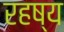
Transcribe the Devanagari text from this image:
रहष्य